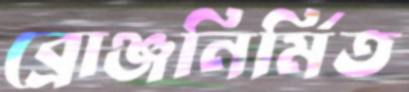
ব্রোঞ্জনির্মিত